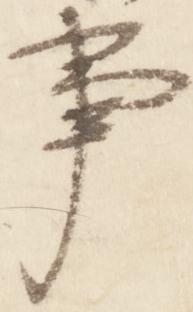
事